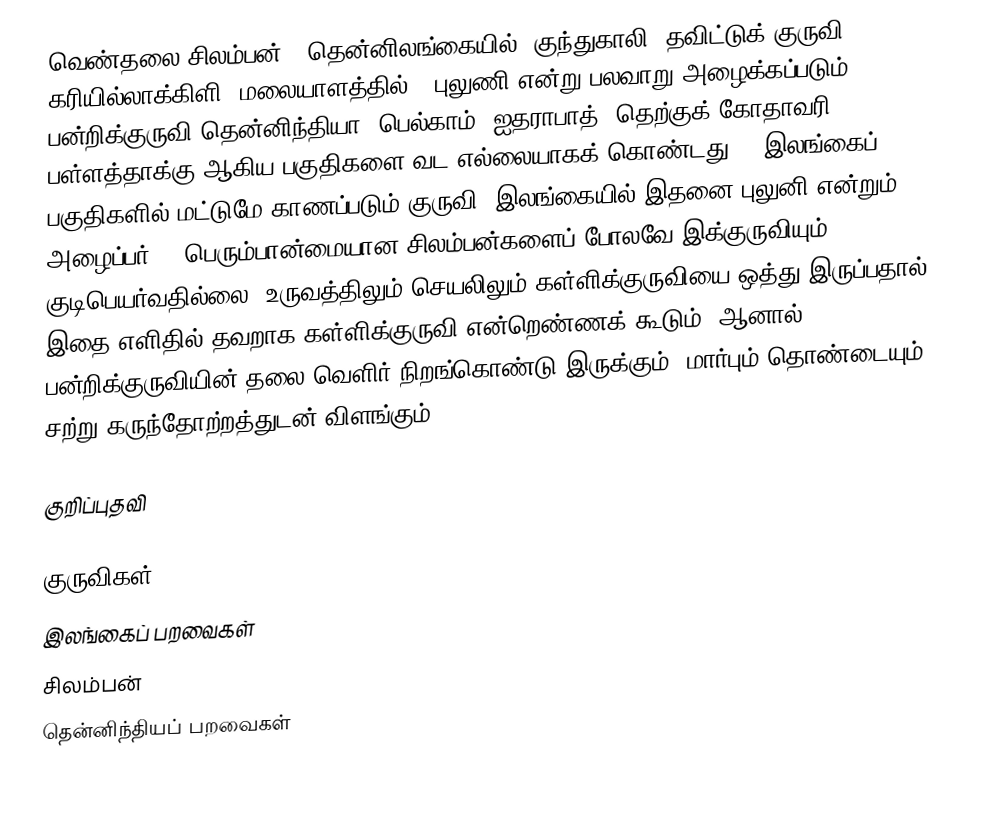
வெண்தலை சிலம்பன், (தென்னிலங்கையில்) குந்துகாலி,  தவிட்டுக் குருவி, கரியில்லாக்கிளி (மலையாளத்தில்), புலுணி என்று பலவாறு அழைக்கப்படும் பன்றிக்குருவி தென்னிந்தியா (பெல்காம், ஐதராபாத், தெற்குக் கோதாவரி பள்ளத்தாக்கு ஆகிய பகுதிகளை வட எல்லையாகக் கொண்டது) , இலங்கைப் பகுதிகளில் மட்டுமே காணப்படும் குருவி (இலங்கையில் இதனை புலுனி என்றும் அழைப்பர்)  - பெரும்பான்மையான சிலம்பன்களைப் போலவே இக்குருவியும் குடிபெயர்வதில்லை. உருவத்திலும் செயலிலும் கள்ளிக்குருவியை ஒத்து இருப்பதால் இதை எளிதில் தவறாக கள்ளிக்குருவி என்றெண்ணக் கூடும். ஆனால், பன்றிக்குருவியின் தலை வெளிர் நிறங்கொண்டு இருக்கும்; மார்பும் தொண்டையும் சற்று கருந்தோற்றத்துடன் விளங்கும்.

குறிப்புதவி

குருவிகள்
இலங்கைப் பறவைகள்
சிலம்பன்
தென்னிந்தியப் பறவைகள்